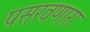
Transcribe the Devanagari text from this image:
पसरवणारा